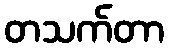
တသက်တာ